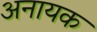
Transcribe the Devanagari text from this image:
अनायक